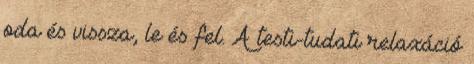
oda és vissza, le és fel. A testi-tudati relaxáció